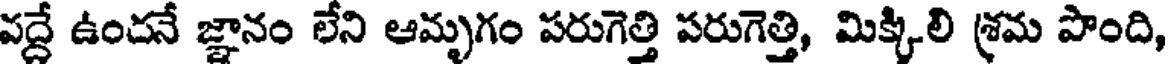
వద్దే ఉందనే జ్ఞానం లేని ఆమృగం పరుగెత్తి పరుగెత్తి, మిక్కిలి శ్రమ పొంది,